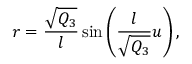
r = \frac { \sqrt { Q _ { 3 } } } { l } \sin \left( \frac { l } { \sqrt { Q _ { 3 } } } u \right) ,